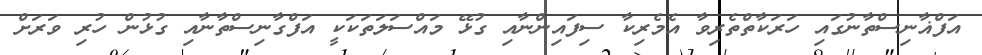
އަފްޣާނިސްތާނުގައި ހަރަކާތްތެރިވާ އެމެރިކާ ސިފައިންނާއި ގުޅޭ މައްސަލަތަކަކީ އަފްގާނިސްތާނާއި ގުޅުން ހުރި ވަރަށް